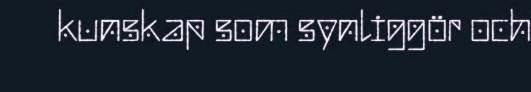
kunskap som synliggör och